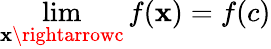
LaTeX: \lim\limits_{\mathbf{x}\rightarrowc}f(\mathbf{x})=f(c)